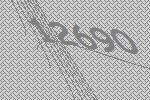
12690